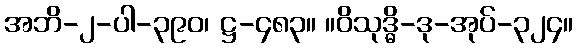
အဘိ-၂-ပါ-၃၉၀၊ ဋ္ဌ-၄၈၃။ ။ဝိသုဒ္ဓိ-ဒု-အုပ်-၃၂၄။